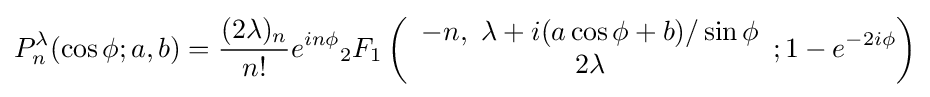
P_{n}^{\lambda }(\cos \phi ;a,b)={\frac {(2\lambda )_{n}}{n!}}e^{in\phi }{}_{2}F_{1}\left({\begin{array}{c}-n,~\lambda +i(a\cos \phi +b)/\sin \phi \\2\lambda \end{array}};1-e^{-2i\phi }\right)